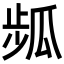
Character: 𤫻